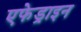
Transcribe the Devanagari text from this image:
एफेड्राइन